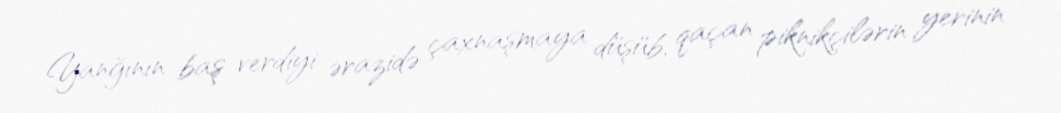
Yanğının baş verdiyi ərazidə çaxnaşmaya düşüb, qaçan piknikçilərin yerinin